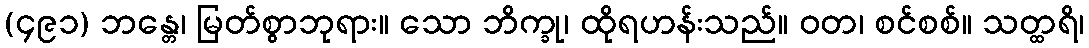
(၄၉၁) ဘန္တေ၊ မြတ်စွာဘုရား။ သော ဘိက္ခု၊ ထိုရဟန်းသည်။ ဝတ၊ စင်စစ်။ သတ္ထရိ၊